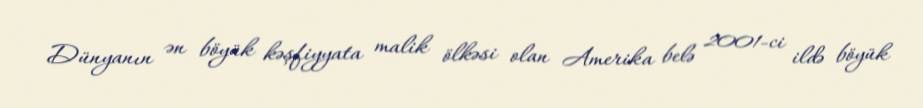
Dünyanın ən böyük kəşfiyyata malik ölkəsi olan Amerika belə 2001-ci ildə böyük